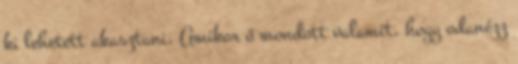
ki lehetett akasztani. Amikor ő mondott valamit, hogy odanézz